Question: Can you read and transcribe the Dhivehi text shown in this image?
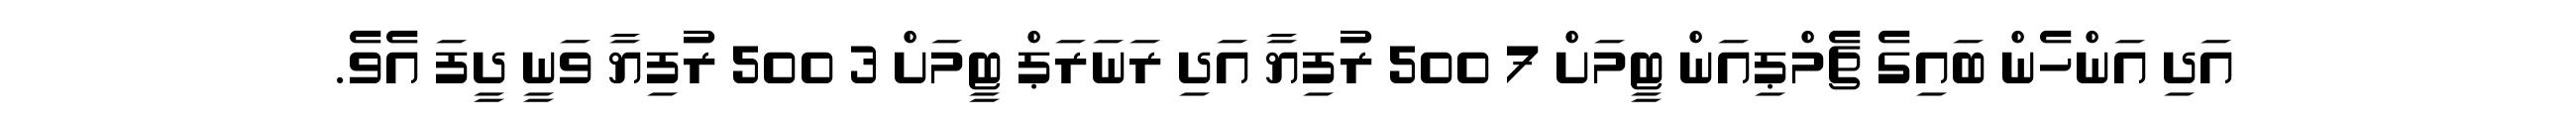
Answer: އަދި އަންހެން ބައިގެ ޗެމްޕިއަން ޓީމަށް 7 500 ރުފިޔާ އަދި ރަނަރަޕް ޓީމަށް 3 500 ރުފިޔާ ވަނީ ދީފަ އެވެ.